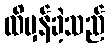
ထိမှန်ခဲ့သည်